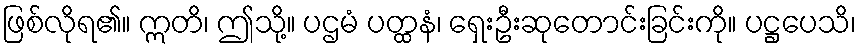
ဖြစ်လိုရ၏။ ဣတိ၊ ဤသို့။ ပဌမံ ပတ္ထနံ၊ ရှေးဦးဆုတောင်းခြင်းကို။ ပဋ္ဌပေသိ၊